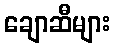
ချောဆီများ